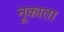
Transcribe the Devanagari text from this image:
नूकाता